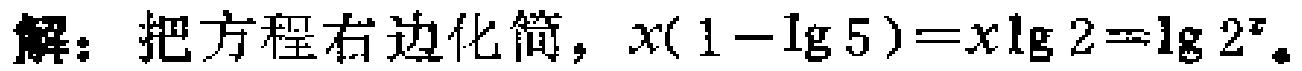
解：把方程右边化简，\(x(1 - \lg 5)=x\lg 2=\lg 2^{x}\)。